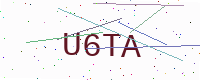
Text: U6TA